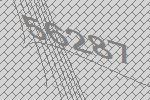
56287